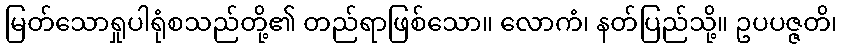
မြတ်သောရှုပါရုံစသည်တို့၏ တည်ရာဖြစ်သော။ လောကံ၊ နတ်ပြည်သို့။ ဥပပဇ္ဇတိ၊